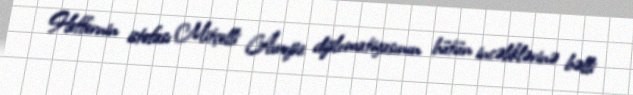
Heffernin istefası Mitçelli Avropa diplomatiyasının bütün incəliklərinə bəlli